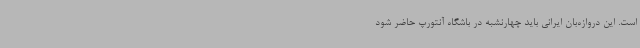
است. این دروازه‌بان ایرانی باید چهارنشبه در باشگاه آنتورپ حاضر شود